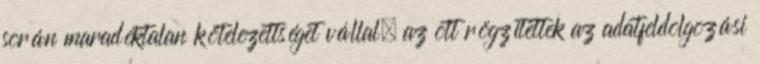
során maradéktalan kötelezettséget vállal, az ott rögzítettek az adatfeldolgozási